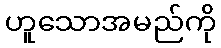
ဟူသောအမည်ကို